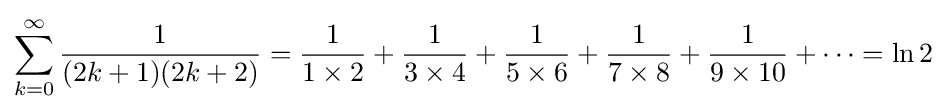
\sum _{k=0}^{\infty }{\frac {1}{(2k+1)(2k+2)}}={\frac {1}{1\times 2}}+{\frac {1}{3\times 4}}+{\frac {1}{5\times 6}}+{\frac {1}{7\times 8}}+{\frac {1}{9\times 10}}+\cdots =\ln 2